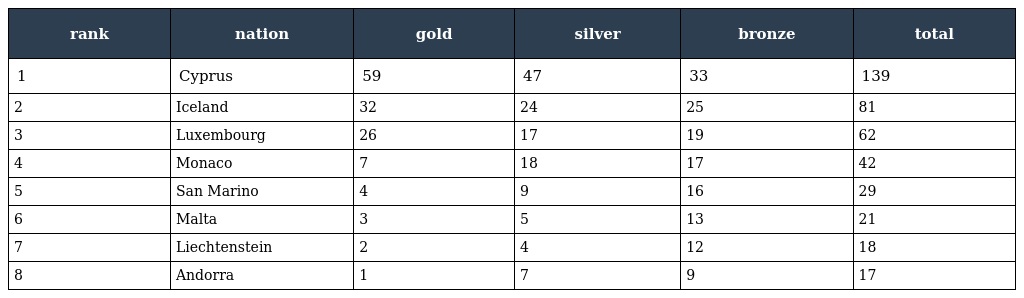
| rank | nation | gold | silver | bronze | total |
 | --- | --- | --- | --- | --- | --- |
 | 1 | Cyprus | 59 | 47 | 33 | 139 |
 | 2 | Iceland | 32 | 24 | 25 | 81 |
 | 3 | Luxembourg | 26 | 17 | 19 | 62 |
 | 4 | Monaco | 7 | 18 | 17 | 42 |
 | 5 | San Marino | 4 | 9 | 16 | 29 |
 | 6 | Malta | 3 | 5 | 13 | 21 |
 | 7 | Liechtenstein | 2 | 4 | 12 | 18 |
 | 8 | Andorra | 1 | 7 | 9 | 17 |